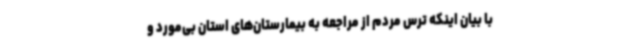
با بیان اینکه ترس مردم از مراجعه به بیمارستان‌های استان بی‌مورد و